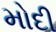
મોદી